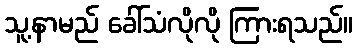
သူ့နာမည် ခေါ်သံလိုလို ကြားရသည်။